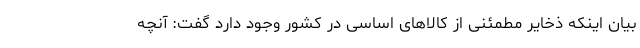
بیان اینکه ذخایر مطمئنی از کالاهای اساسی در کشور وجود دارد گفت: آنچه